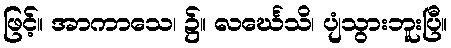
ဖြင့်။ အာကာသေ၊ ၌။ လင်္ဃေသိ၊ ပျံသွားဘူးပြီ။